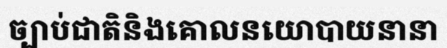
ច្បាប់ជាតិនិងគោលនយោបាយនានា